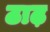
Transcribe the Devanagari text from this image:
ठाढ़